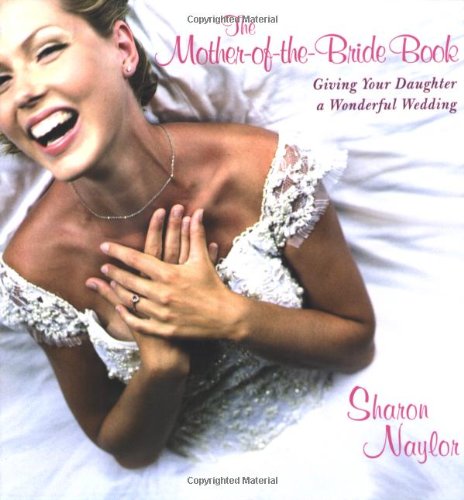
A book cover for Mother-Of-The-Bride Book:: Giving Your Daughter a Wonderful Wedding; Sharon Naylor; Crafts, Hobbies & Home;